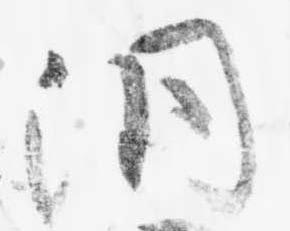
洞